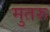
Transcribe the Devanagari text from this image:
मुतरु